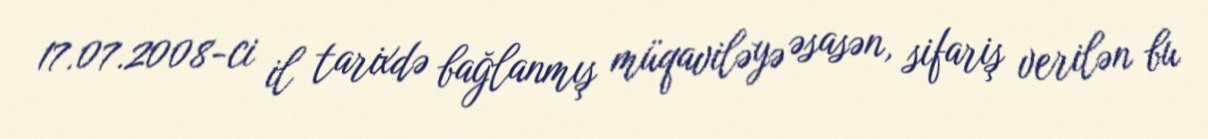
17.07.2008-ci il tarixdə bağlanmış müqaviləyə əsasən, sifariş verilən bu